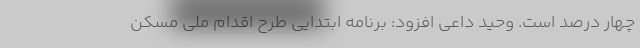
چهار درصد است. وحید داعی افزود: برنامه ابتدایی طرح اقدام ملی مسکن